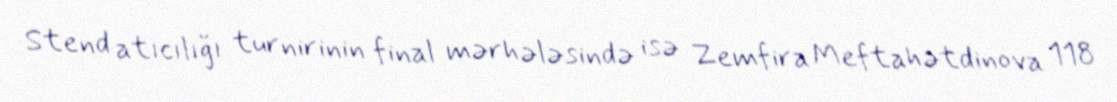
Stend atıcılığı turnirinin final mərhələsində isə Zemfira Meftahətdinova 118